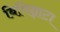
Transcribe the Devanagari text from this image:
बिपिन्नाटा